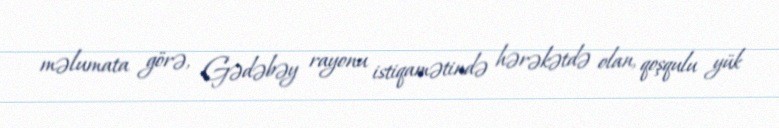
məlumata görə, Gədəbəy rayonu istiqamətində hərəkətdə olan, qoşqulu yük